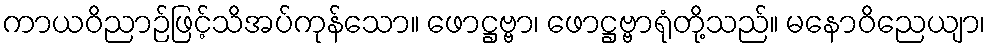
ကာယဝိညာဉ်ဖြင့်သိအပ်ကုန်သော။ ဖောဋ္ဌဗ္ဗာ၊ ဖောဋ္ဌဗ္ဗာရုံတို့သည်။ မနောဝိညေယျာ၊